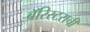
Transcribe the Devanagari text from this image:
बॅरिस्टराची